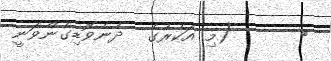
١      (މި އަކުރުގެ  ދެނެވޮޑިގެންވަނީ